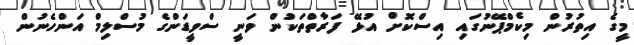
މީގެ އިތުރުން މިކެމްޕޭނުގައި އިސްކޮށް އުޅޭ ފަރާތްތަކުން ވަނީ ސްވީޑަންގެ މުސްލިމް އަންހެނުން